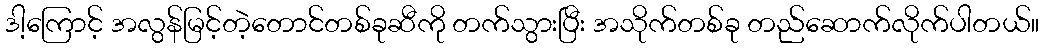
ဒါ့ကြောင့် အလွန်မြင့်တဲ့တောင်တစ်ခုဆီကို တက်သွားပြီး အသိုက်တစ်ခု တည်ဆောက်လိုက်ပါတယ်။